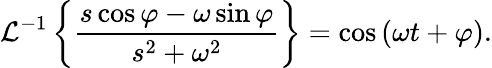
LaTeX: {\mathcal{L}}^{-1}\left\{ {\frac{s\cos\varphi-\omega\sin\varphi}{s^{2}+\omega^{2}}}\right\} =\cos{(\omega t+\varphi)}.